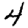
Digit: 4